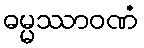
ဓမ္မဿာဝဏံ